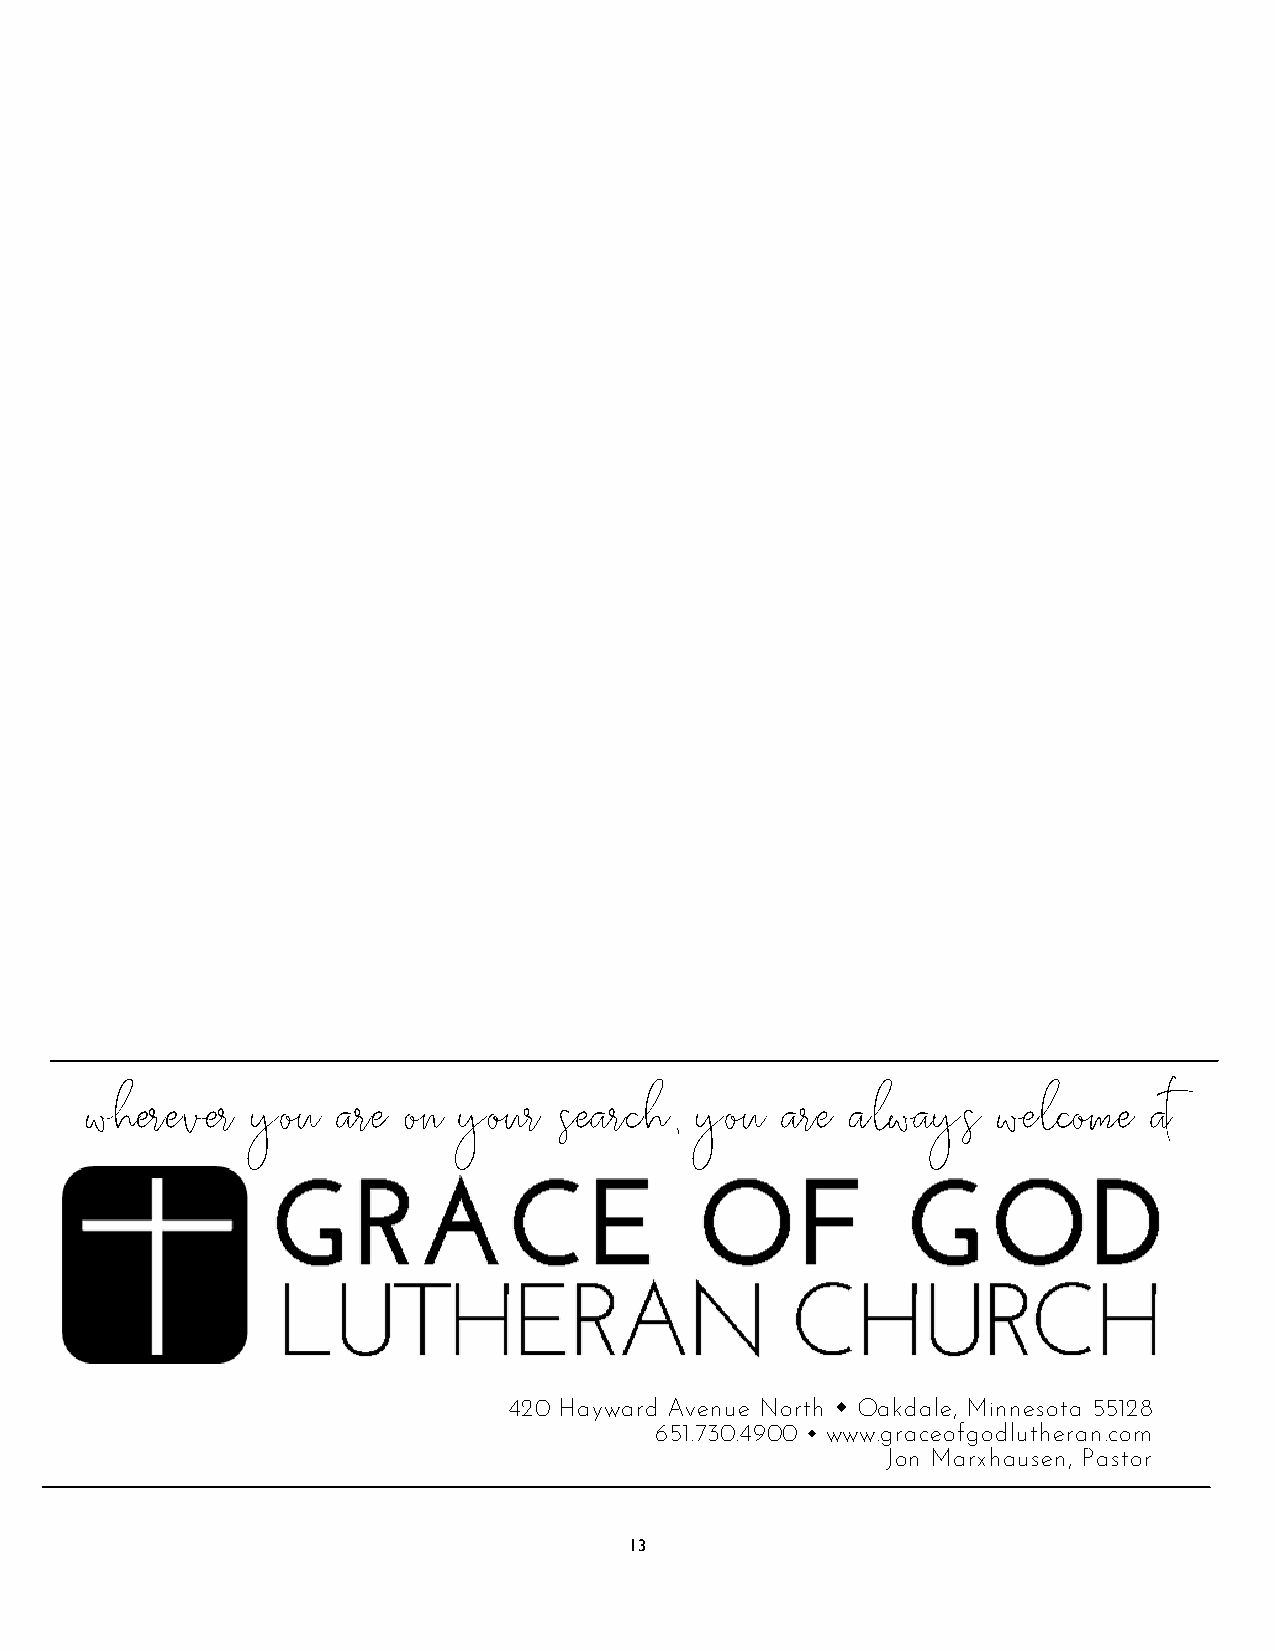
wherever   you   are on  your  search,  you   are  always   welcome   at
 420 Hayward Avenue North  Oakdale, Minnesota 55128
 651.730.4900  www.graceofgodlutheran.com
 Jon Marxhausen, Pastor
 13